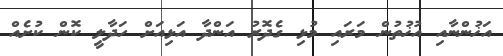
އަޚުންނާއި އުޚުތުން މަރައި މުޅި ގެދޮރު އަންދާ އަޅިއަށް ހަދާލީ ކޮން ކުށެއް